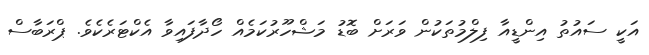
އަކީ ސައުތު އިންޑީއާ ފިލްމުތަކުން ވަރަށް ބޮޑު މަޝްހޫރުކަމެއް ހޯދާފައިވާ އެކްޓަރެކެވެ. ޕްރަބާސް